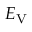
E _ { \mathrm { V } }